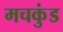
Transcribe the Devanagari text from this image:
मचकुंड